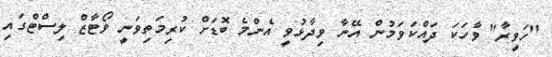
"ހަވީރާ" ވާހަކަ ދައްކަވަމުން އޭނާ ވިދާޅުވީ އެންމެ ބޮޑަށް ކުރިމަތިވަނީ ވޯޓާޒް ލިސްޓްގައި